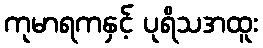
ကုမာရကနှင့် ပုရိသအထူး